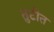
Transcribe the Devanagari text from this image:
तुटीत